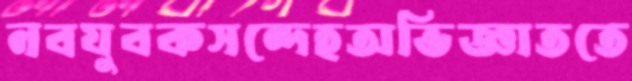
নবযুবকসন্দেহঅভিজ্ঞাততে